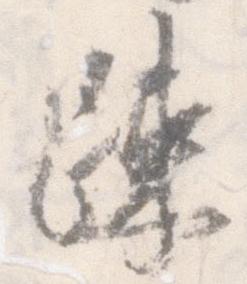
疎